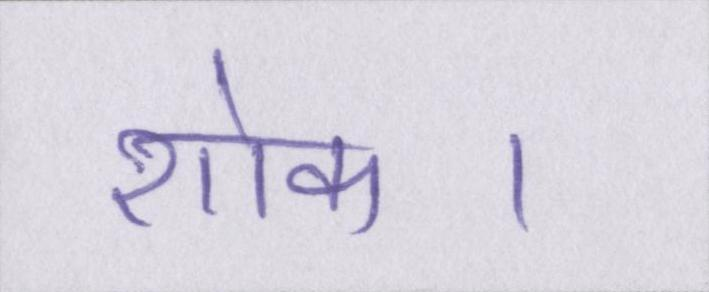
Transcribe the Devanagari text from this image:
शोक।